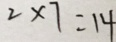
2 \times 7 = 1 4